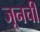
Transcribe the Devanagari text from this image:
जूनची